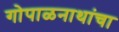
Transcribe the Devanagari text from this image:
गोपाळनाथांचा